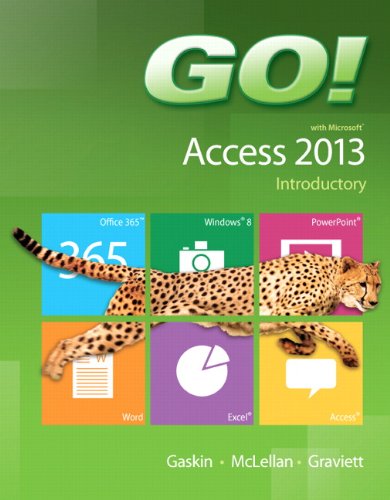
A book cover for GO! with Microsoft Access 2013 Introductory; Shelley Gaskin; Computers & Technology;